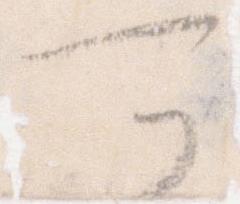
可